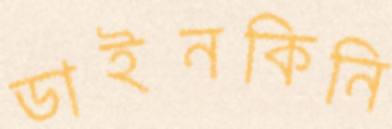
ডাইনকিনি